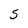
Character: 5